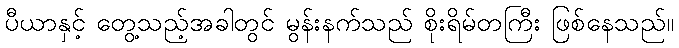
ပီယာနှင့် တွေ့သည့်အခါတွင် မွန်းနက်သည် စိုးရိမ်တကြီး ဖြစ်နေသည်။